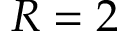
R = 2